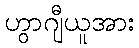
ဟွာဂျီယူအား